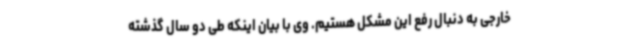
خارجی به دنبال رفع این مشکل هستیم. وی با بیان اینکه طی دو سال گذشته